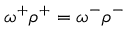
\omega ^ { + } \rho ^ { + } = \omega ^ { - } \rho ^ { - }